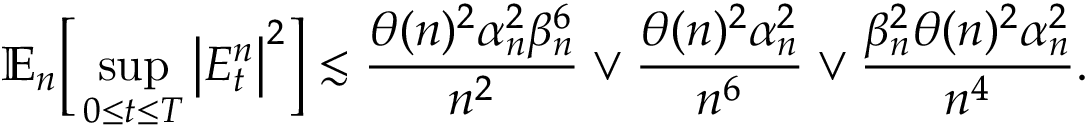
\mathbb { E } _ { n } \bigg [ \operatorname* { s u p } _ { 0 \le t \le T } \big | E _ { t } ^ { n } \big | ^ { 2 } \bigg ] \lesssim \frac { \theta ( n ) ^ { 2 } \alpha _ { n } ^ { 2 } \beta _ { n } ^ { 6 } } { n ^ { 2 } } \vee \frac { \theta ( n ) ^ { 2 } \alpha _ { n } ^ { 2 } } { n ^ { 6 } } \vee \frac { \beta _ { n } ^ { 2 } \theta ( n ) ^ { 2 } \alpha _ { n } ^ { 2 } } { n ^ { 4 } } .